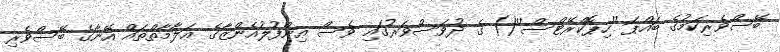
ބޭސްވެރިކަމުގެ ބައްޕަ ''ހިޕޮކްރޭޓްސް''() ގެ ދުވަސްވަރުގައި ވެސް އިންފުލުއެންޒާގެ ޢަލާމާތްތައް އޭނާގެ ބޭސްވެރި